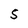
Character: S